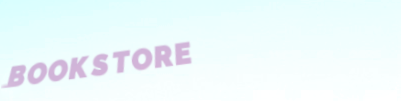
BOOKSTORE